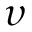
\upsilon